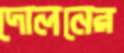
দোলনের